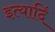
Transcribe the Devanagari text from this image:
इत्यादिं